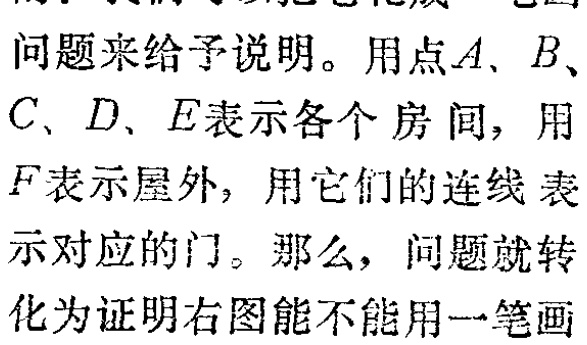
问题来给予说明。用点\(A、B、\)

\(C、D、E\)表示各个房间，用

\(F\)表示屋外，用它们的连线表

示对应的门。那么，问题就转

化为证明右图能不能用一笔画